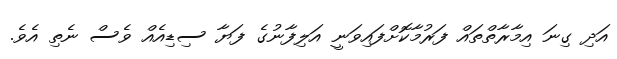
އަދި ގިނަ އިމާރާތްތައް ފަރުމާކޮށްފައިވަނީ އަލިފާނުގެ ފަޔާ ސިޑިއެއް ވެސް ނެތި އެވެ.